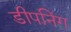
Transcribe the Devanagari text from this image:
डीपनिंग